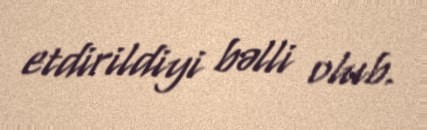
etdirildiyi bəlli olub.